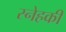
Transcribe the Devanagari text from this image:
स्नेहकी